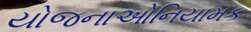
યોજનાઓનિયામક